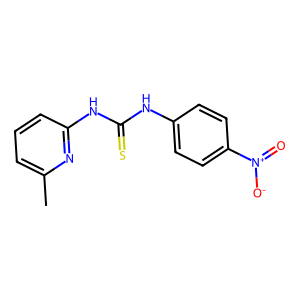
SMILES: Cc1cccc(NC(=S)Nc2ccc([N+](=O)[O-])cc2)n1
Inhibits HIV replication: No